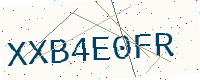
Text: XXB4E0FR